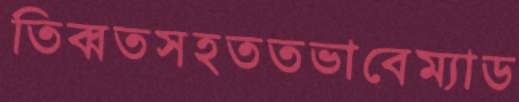
তিব্বতসহততভাবেম্যাড